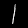
Digit: 1